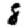
Digit: 8